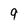
Character: 9